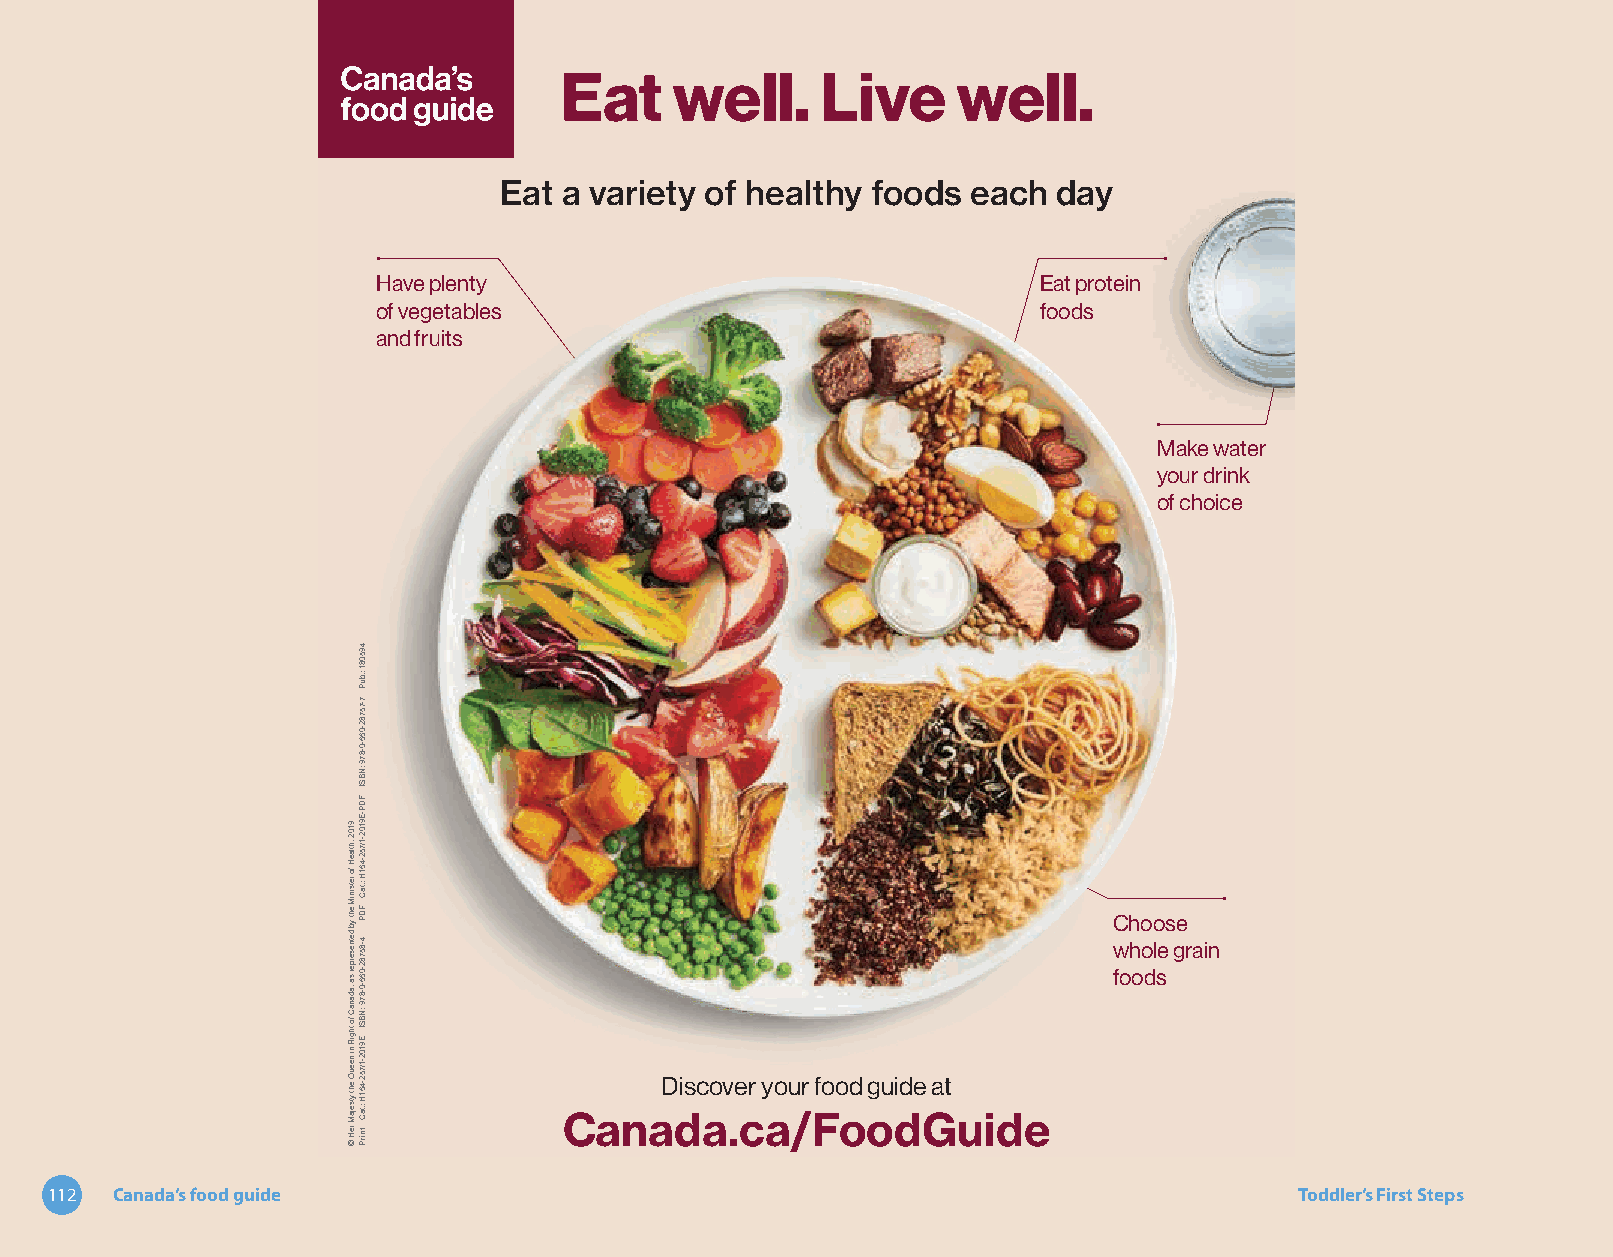
Canada’s       food     guide
 Eat a variety of healthy foods each  day
 Have plenty                                 Eat protein
 of vegetables                               foods
 and fruits
 Make water
 your drink
 of choice
 Choose
 whole grain
 foods
 DDiissccoovveerr yyoouurr ffoooodd gguuiiddee aatt
 CCaannaaddaa..ccaa//FFooooddGGuuiiddee
 112 Canada’s food guide                                                            Toddler’s First Steps
 9102
 ,htlaeH
 fo
 retsiniM
 eht
 yb
 detneserper
 sa
 ,adanaC
 fo
 thgiR
 ni
 neeuQ
 eht
 ytsejaM
 reH
 ©
 495081
 :.buP
 7-75782-066-0-879
 :NBSI
 FDP-E9102-1/752-461H
 :.taC
 FDP
 4-85782-066-0-879
 :NBSI
 E9102-1/752-461H
 :.taC
 tnirP